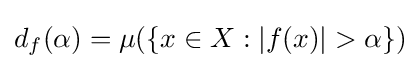
d_{f}(\alpha )=\mu (\{x\in X:|f(x)|>\alpha \})